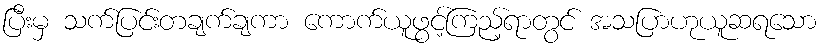
ပြီးမှ သက်ပြင်းတချက်ချကာ ကောက်ယူဖွင့်ကြည့်ရာတွင် အသပြာဟုယူဆရသော